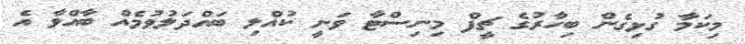
މިކަމާ ގުޅިގެން ބިހާރުގެ ޗީފް މިނިސްޓާ ވަނީ ކުއްލި ބައްދަލުވުމެއް ބާއްވާ އެ